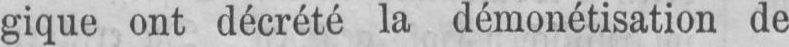
gique ont décrété la démonétisation de